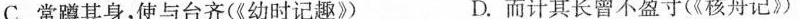
C.常蹲其身，使与台齐(《幼时记趣》) D.而计其长曾不盈寸(《核舟记》